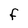
Character: F